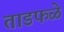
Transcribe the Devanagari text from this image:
ताडफळे